Report of the Municipal Commissioner on the plague in Bombay for the year ending 31st May... - Volume 2
Disease focus: Plague
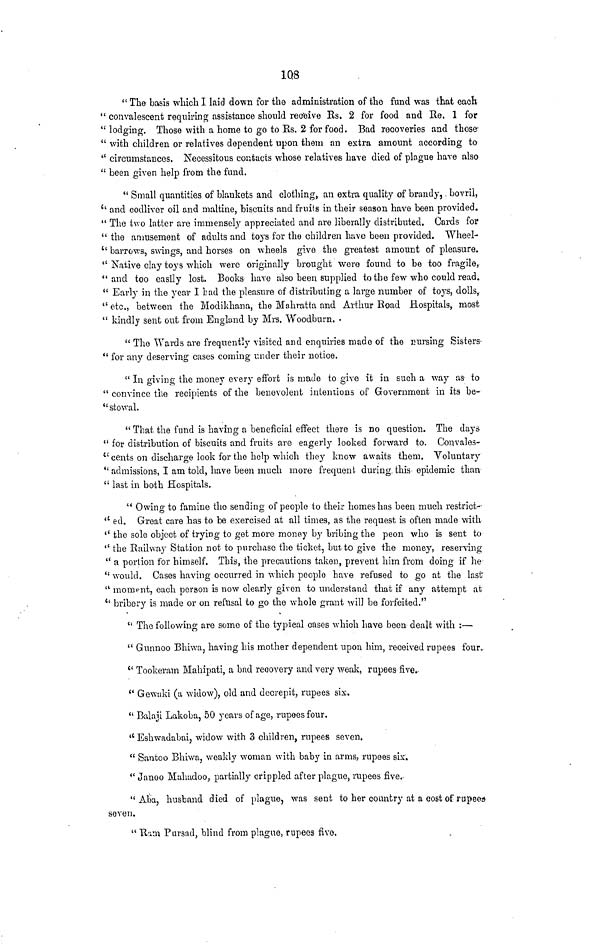
1Q8
" The basis which I laid down for the administration of the fund was that each
" convalescent requiring assistance should reo'eive Es. 2 for food and Re. 1 for
" lodging. Those with a home to go to Es. 2 for food. Bad recoveries and those-
" with children or relatives dependent upon them an extra amount according to
" circumstances. Necessitous contacts whose relatives have died of plague have also
" been given help from the fund.
" Small quantities of blankets and clothing, an extra quality of brandy,. bovril,
*' and codliver oil and maltine, biscuits and fruits in their season have been provided.
" The two latter are immensely appreciated and are liberally distributed. Cards for
" the amusement of adults and toys for the children have been provided. Wheel-
u barrows, swings, and horses on wheels give the greatest amount of pleasure.
" Native clay toys which were originally brought were found to be too fragile,
" and too easily lost. Books have also been supplied to the few who could read.
" Early in the year I tad the pleasure of distributing a large number of toys, dolls,
" etc., between the Modikhana, the Mahratta and Arthur Eoad Hospitals, most
" kindly sent out from England by Mrs. "Woodburn.
" The Wards are frequently visited and enquiries made of the nursing Sisters-
" for any deserving cases coining under their notice.
" In giving the money every effort is made to give it in such a way as to
" convince the recipients of the benevolent intentions of Government in its be-
"stowal.
" That the fund is having a beneficial effect there is no question. The days
" for distribution of biscuits and fruits are eagerly looked forward to. Convales-
*'cents on discharge look for the help which they know awaits them. Voluntary
" admissions, I am told, have been much more frequent during, this epidemic than
" last in both Hospitals.
" Owing to famine the sending of people to their homes has been much restrict--
<c ed. Great care has to be exercised at all times, as the request is often made with
'' the sole object of trying to get more money by bribing the peon who is sent to
'' the Eailway Station not to purchase the ticket, but to give the money, reserving
" a portion for himself. This, the precautions taken, prevent him from doing if he
" would. Cases having occurred in which people have refused to go at the last
" moment, each person is now clear]y given to understand that if any attempt at
tc bribery is made or on refusal to go the whole grant will be forfeited."
" The following are some of the typical cases which have been dealt with :—
" Gunnoo Bhiwa, having his mother dependent upon him, received rupees four,
t( Tookeram Mahipati, a bad recovery and very weak, rupees five..
" Gewaki (a widow), old and decrepit, rupees six.
" Balaji Lakoba, 50 years of age, rupees four.
<c Eshwadabaij widow with 3 children, rupees seven.
" Santoo Bhiwa, weakly woman with baby in arms, rupees six.
" Janoo Mahudoo, partially crippled after plague, rupees five.-
" Aba, husband died of plague, was sent to her country at a cost of rupee*
seven.
" B'.i:n Pursnd, blind from plague, rupees five.